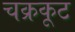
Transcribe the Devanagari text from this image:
चक्रकूट